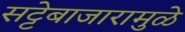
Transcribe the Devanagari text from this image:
सट्टेबाजारामुळे